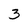
Character: 3